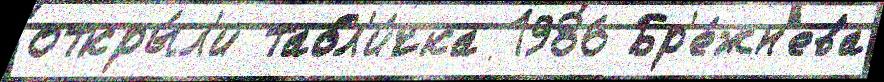
откры́л'и табл'и́чка 1986 Бр'е́жн'ева